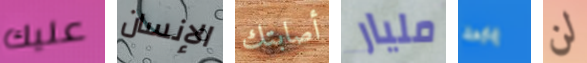
عليك الإنسان أصابتك مليار ياردة لن